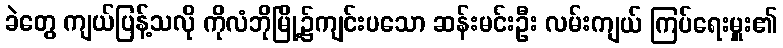
ခဲတွေ ကျယ်ပြန့်သလို ကိုလံဘိုမြို့၌ကျင်းပသော ဆန်းမင်းဦး လမ်းကျယ် ကြပ်ရေးမှူး၏